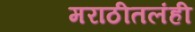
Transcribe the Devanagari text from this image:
मराठीतलंही